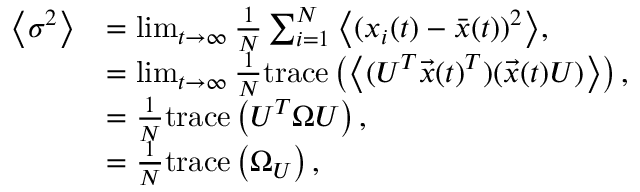
\begin{array} { r l } { \left\langle \sigma ^ { 2 } \right\rangle } & { = \operatorname* { l i m } _ { t \rightarrow \infty } \frac { 1 } { N } \sum _ { i = 1 } ^ { N } { \left\langle ( x _ { i } ( t ) - \bar { x } ( t ) ) ^ { 2 } \right\rangle } , } \\ & { = \operatorname* { l i m } _ { t \rightarrow \infty } \frac { 1 } { N } \mathrm { t r a c e } \left( \left\langle ( U ^ { T } \vec { x } ( t ) ^ { T } ) ( \vec { x } ( t ) U ) \right\rangle \right) , } \\ & { = \frac { 1 } { N } \mathrm { t r a c e } \left( U ^ { T } \Omega U \right) , } \\ & { = \frac { 1 } { N } \mathrm { t r a c e } \left( \Omega _ { U } \right) , } \end{array}